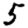
Digit: 5